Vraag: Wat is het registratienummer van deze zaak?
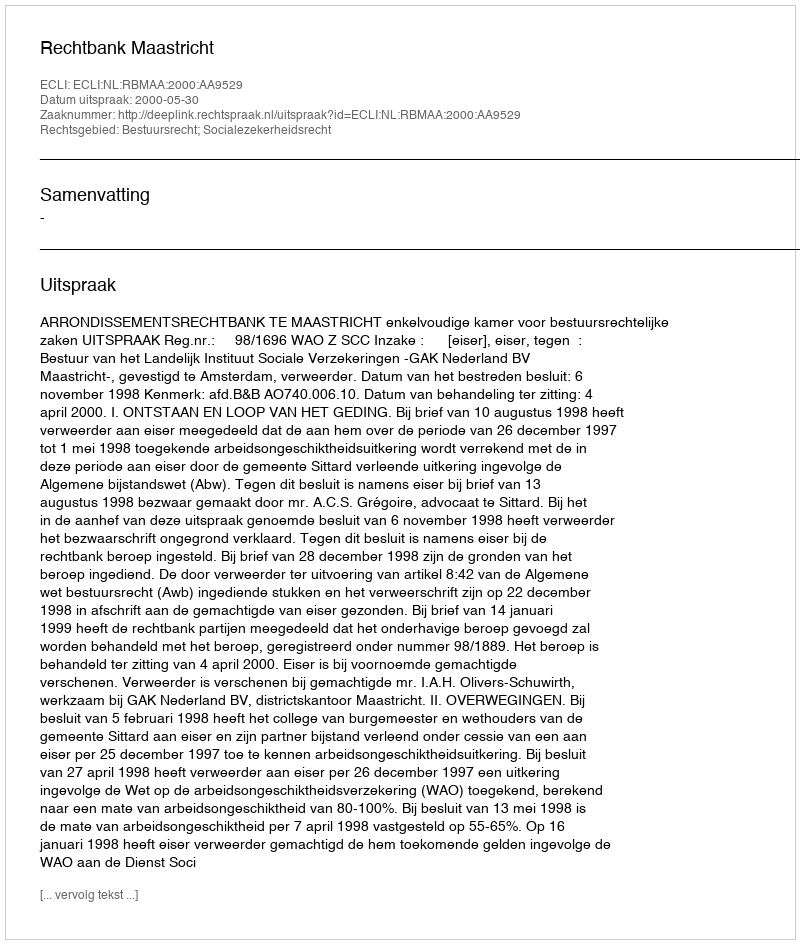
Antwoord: http://deeplink.rechtspraak.nl/uitspraak?id=ECLI:NL:RBMAA:2000:AA9529